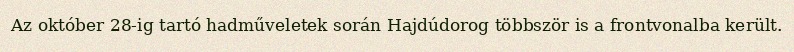
Az október 28-ig tartó hadműveletek során Hajdúdorog többször is a frontvonalba került.